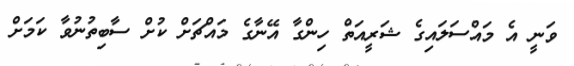
ވަނީ އެ މައްސަލައިގެ ޝަރީއަތް ހިންގާ އޭނާގެ މައްޗަށް ކުށް ސާބިތުނުވާ ކަމަށް